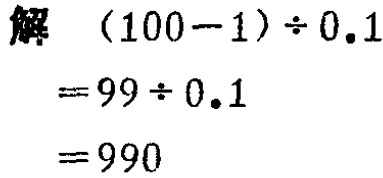
\[

\begin{align*}

&(100 - 1)\div0.1\\

=&99\div0.1\\

=&990

\end{align*}

\]